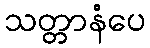
သတ္တာနံပေ